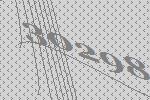
30298